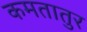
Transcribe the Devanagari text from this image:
कमतातुर